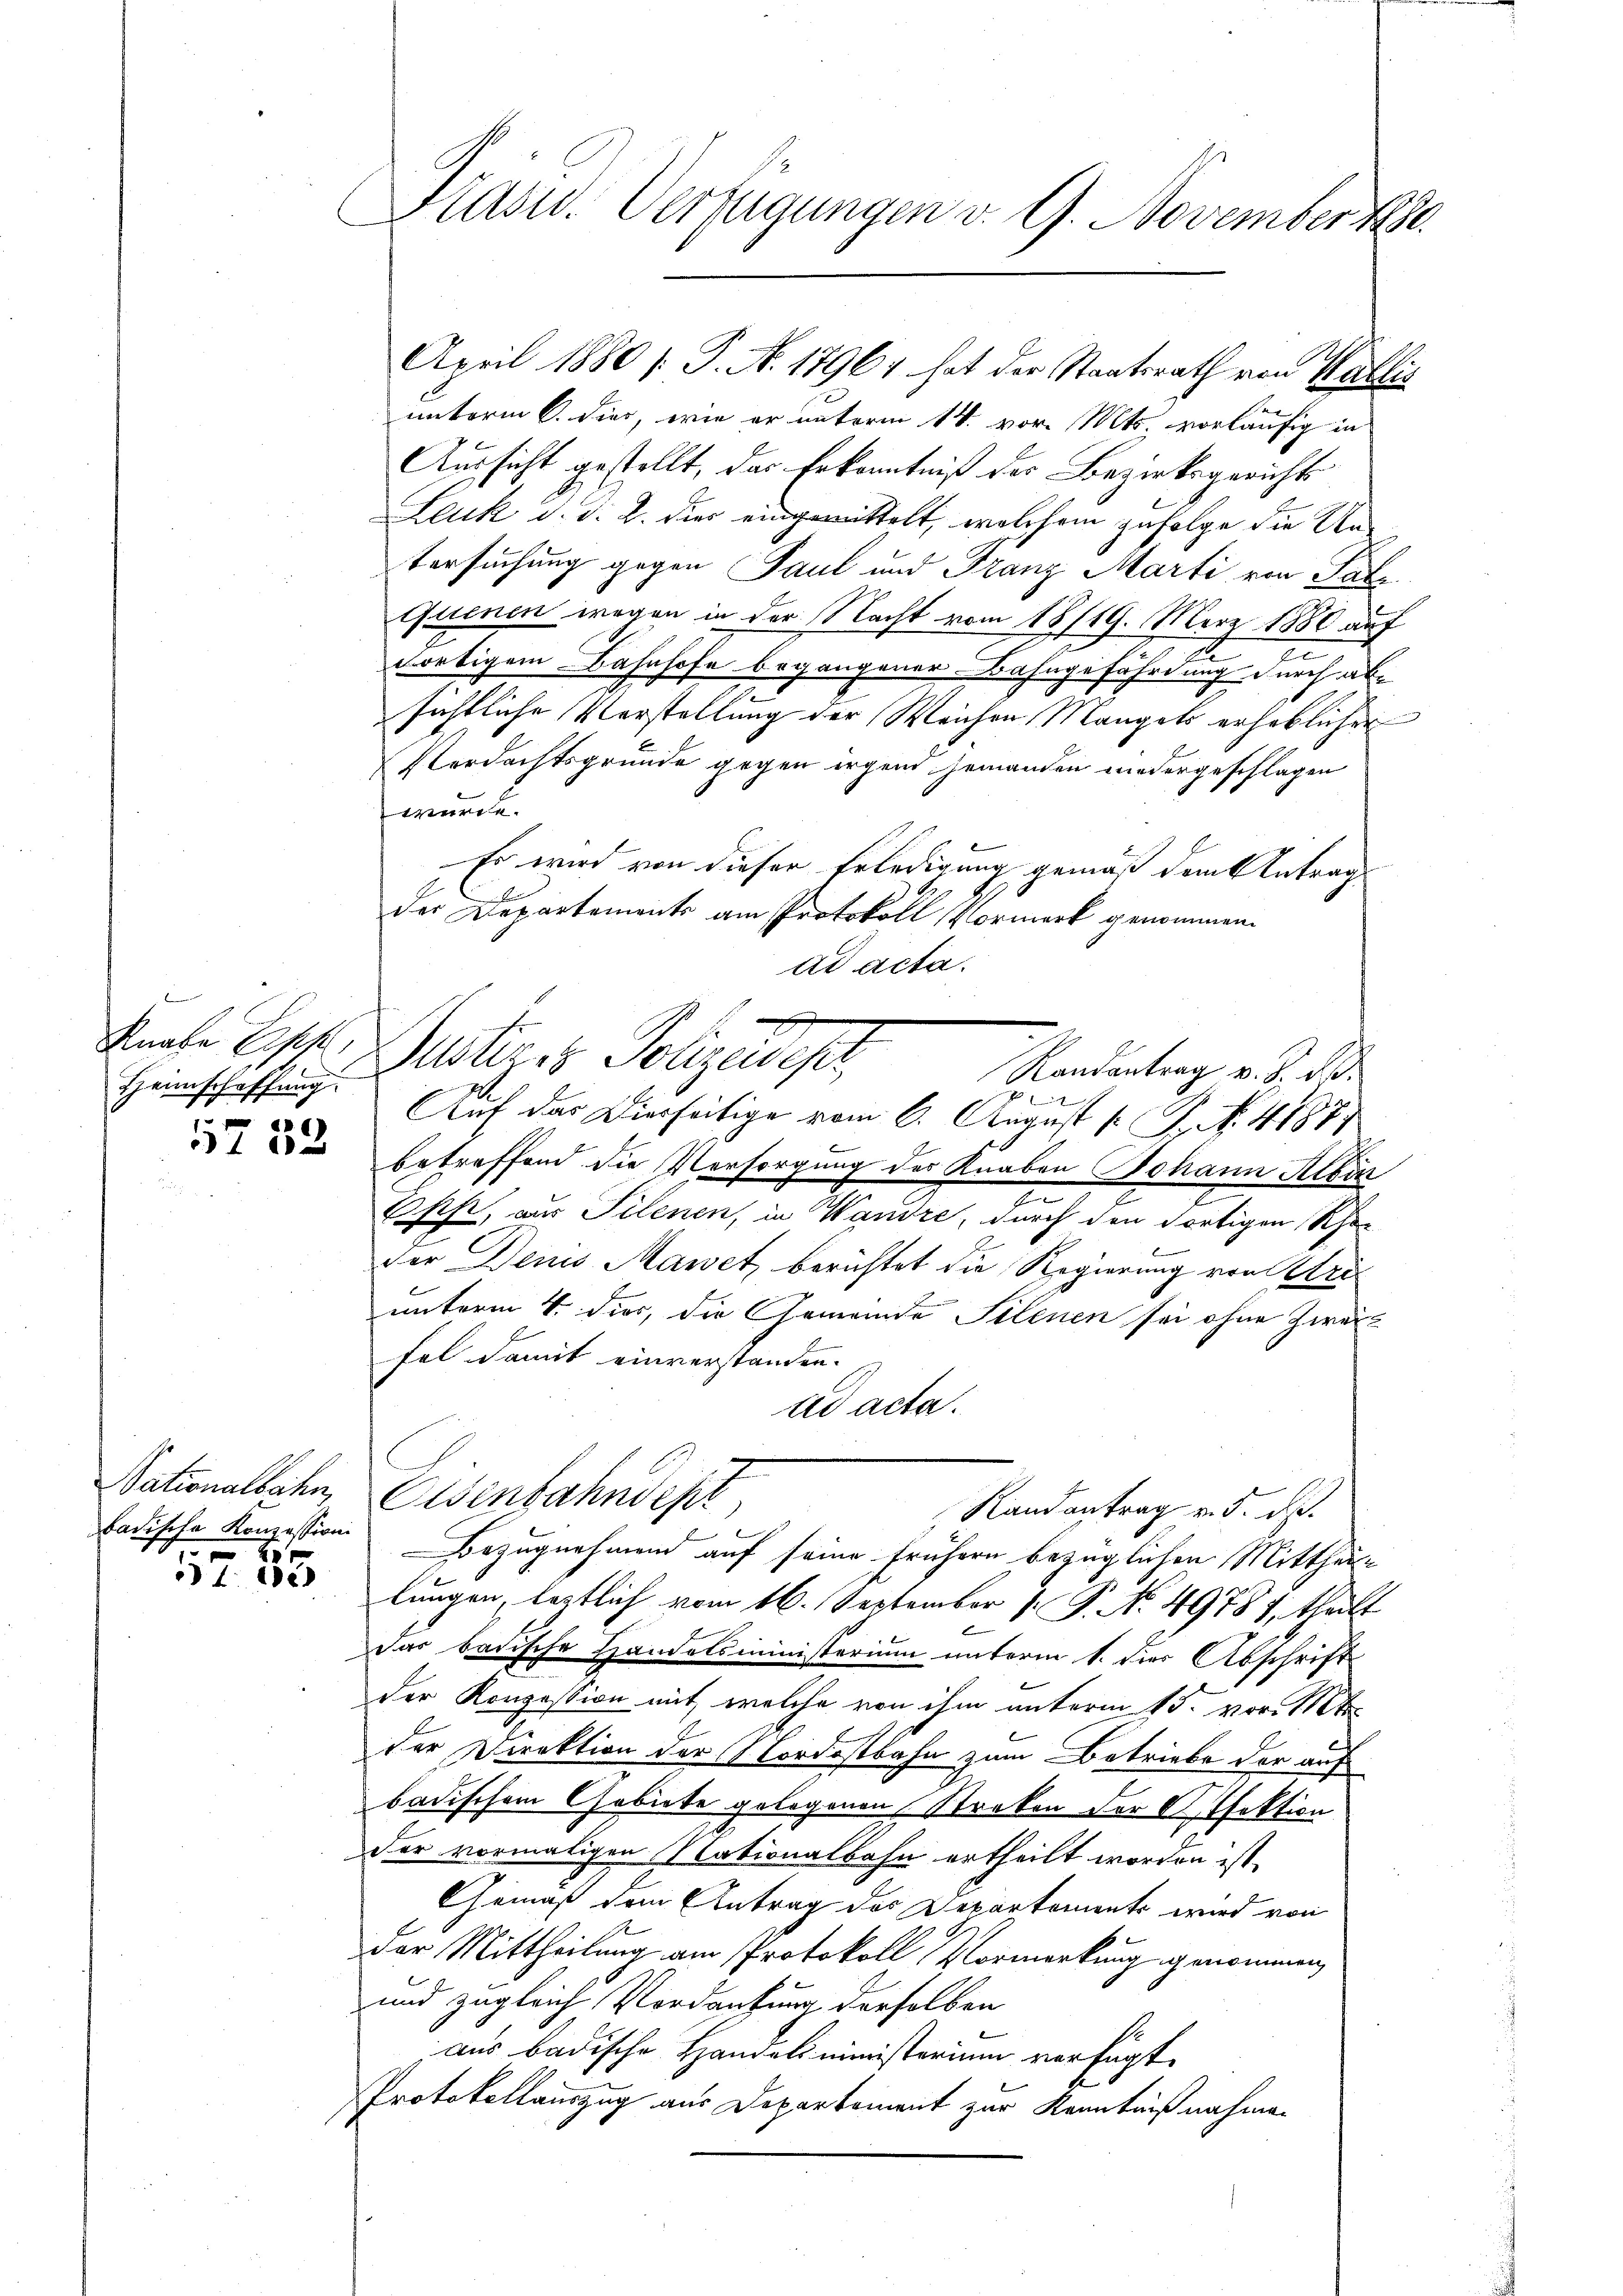
e
Heimschaffung.
1
 f
5182

badische Konzession.

1 de

Prävid. Verfügungen v. 9. November 18

April 1880 /: P. N. 17961 hat der Staatsrath von Wallis
unterm 6. dies, wie er unterm 14. vor. Mts. vorläufig in
Aussicht gestellt, das Erkenntniß der Bezirksgerichts
Leuk d. d. 2. dies eingemittelt, welchem zufolge die Un¬
Versuchung gegen Paul und Franz Marti von Salz
Quenen wegen in der Nacht vom 18/19. März 1880 auf
dortigem Bahnhofe begangener Bahngefährdung durch ab-
sichtliche Verstellung der Weichen Mangels erheblichen
Verdachtsgrunde gegen irgen jemanden niedergeschlagen
würde.
Es wird von dieser Erledigung gemäß dem Antrag
der Departements am Protokoll Vormerk genommen.
ad acta.
Kiefe List, unteres Polizeidepr
Randantrag v. d. d.
8
Auf das Vierseitige vom 6. August l. J. N. 41877
betreffend die Versorgung des Knaben Johann Albin
Esefe, aus Silenen, in Wandre, durch den Fortigen Schen
der Deines Mawet, berichtet die Regierung von Uri
unterm 4. dies, die Gemeinde Silenen sei ohne Zweifal damit einverstanden.
ad acta.
Sationalbahn, Eisenbahndept
Randantrag v. 5. ds.
Bezugnehmend auf seine frühern bezüglichen Mittheile
lungen, lestlich vom 16. September 1. P. N. 49787, theilt
Das badische Handelsministerium unterm 1. die Abschrift
der Konzession mit, welche von ihm unterm 15. vor. Mts.
der Direktion der Nordostbahn zum Betriebe der auf
badischem Gebiete gelegenen Streken der Ofektion
der vormaligen Nationalbahn ertheilt worden ist.
Gemäß dem Antrag des Departements wird von
der Mittheilung am Protokoll Vormerkung genommen,
und zugleich Vordankung derselben
aus badische Handelsministerium verfügt
Protokollauszug aus Departement zur Kenntnißnahmen